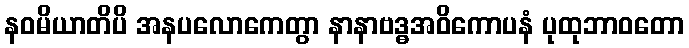
နဝမိယာတိပိ အနပလောကေတွာ နာနာဗဒ္ဓအဝိကောပနံ ပုထုဘာဝတော